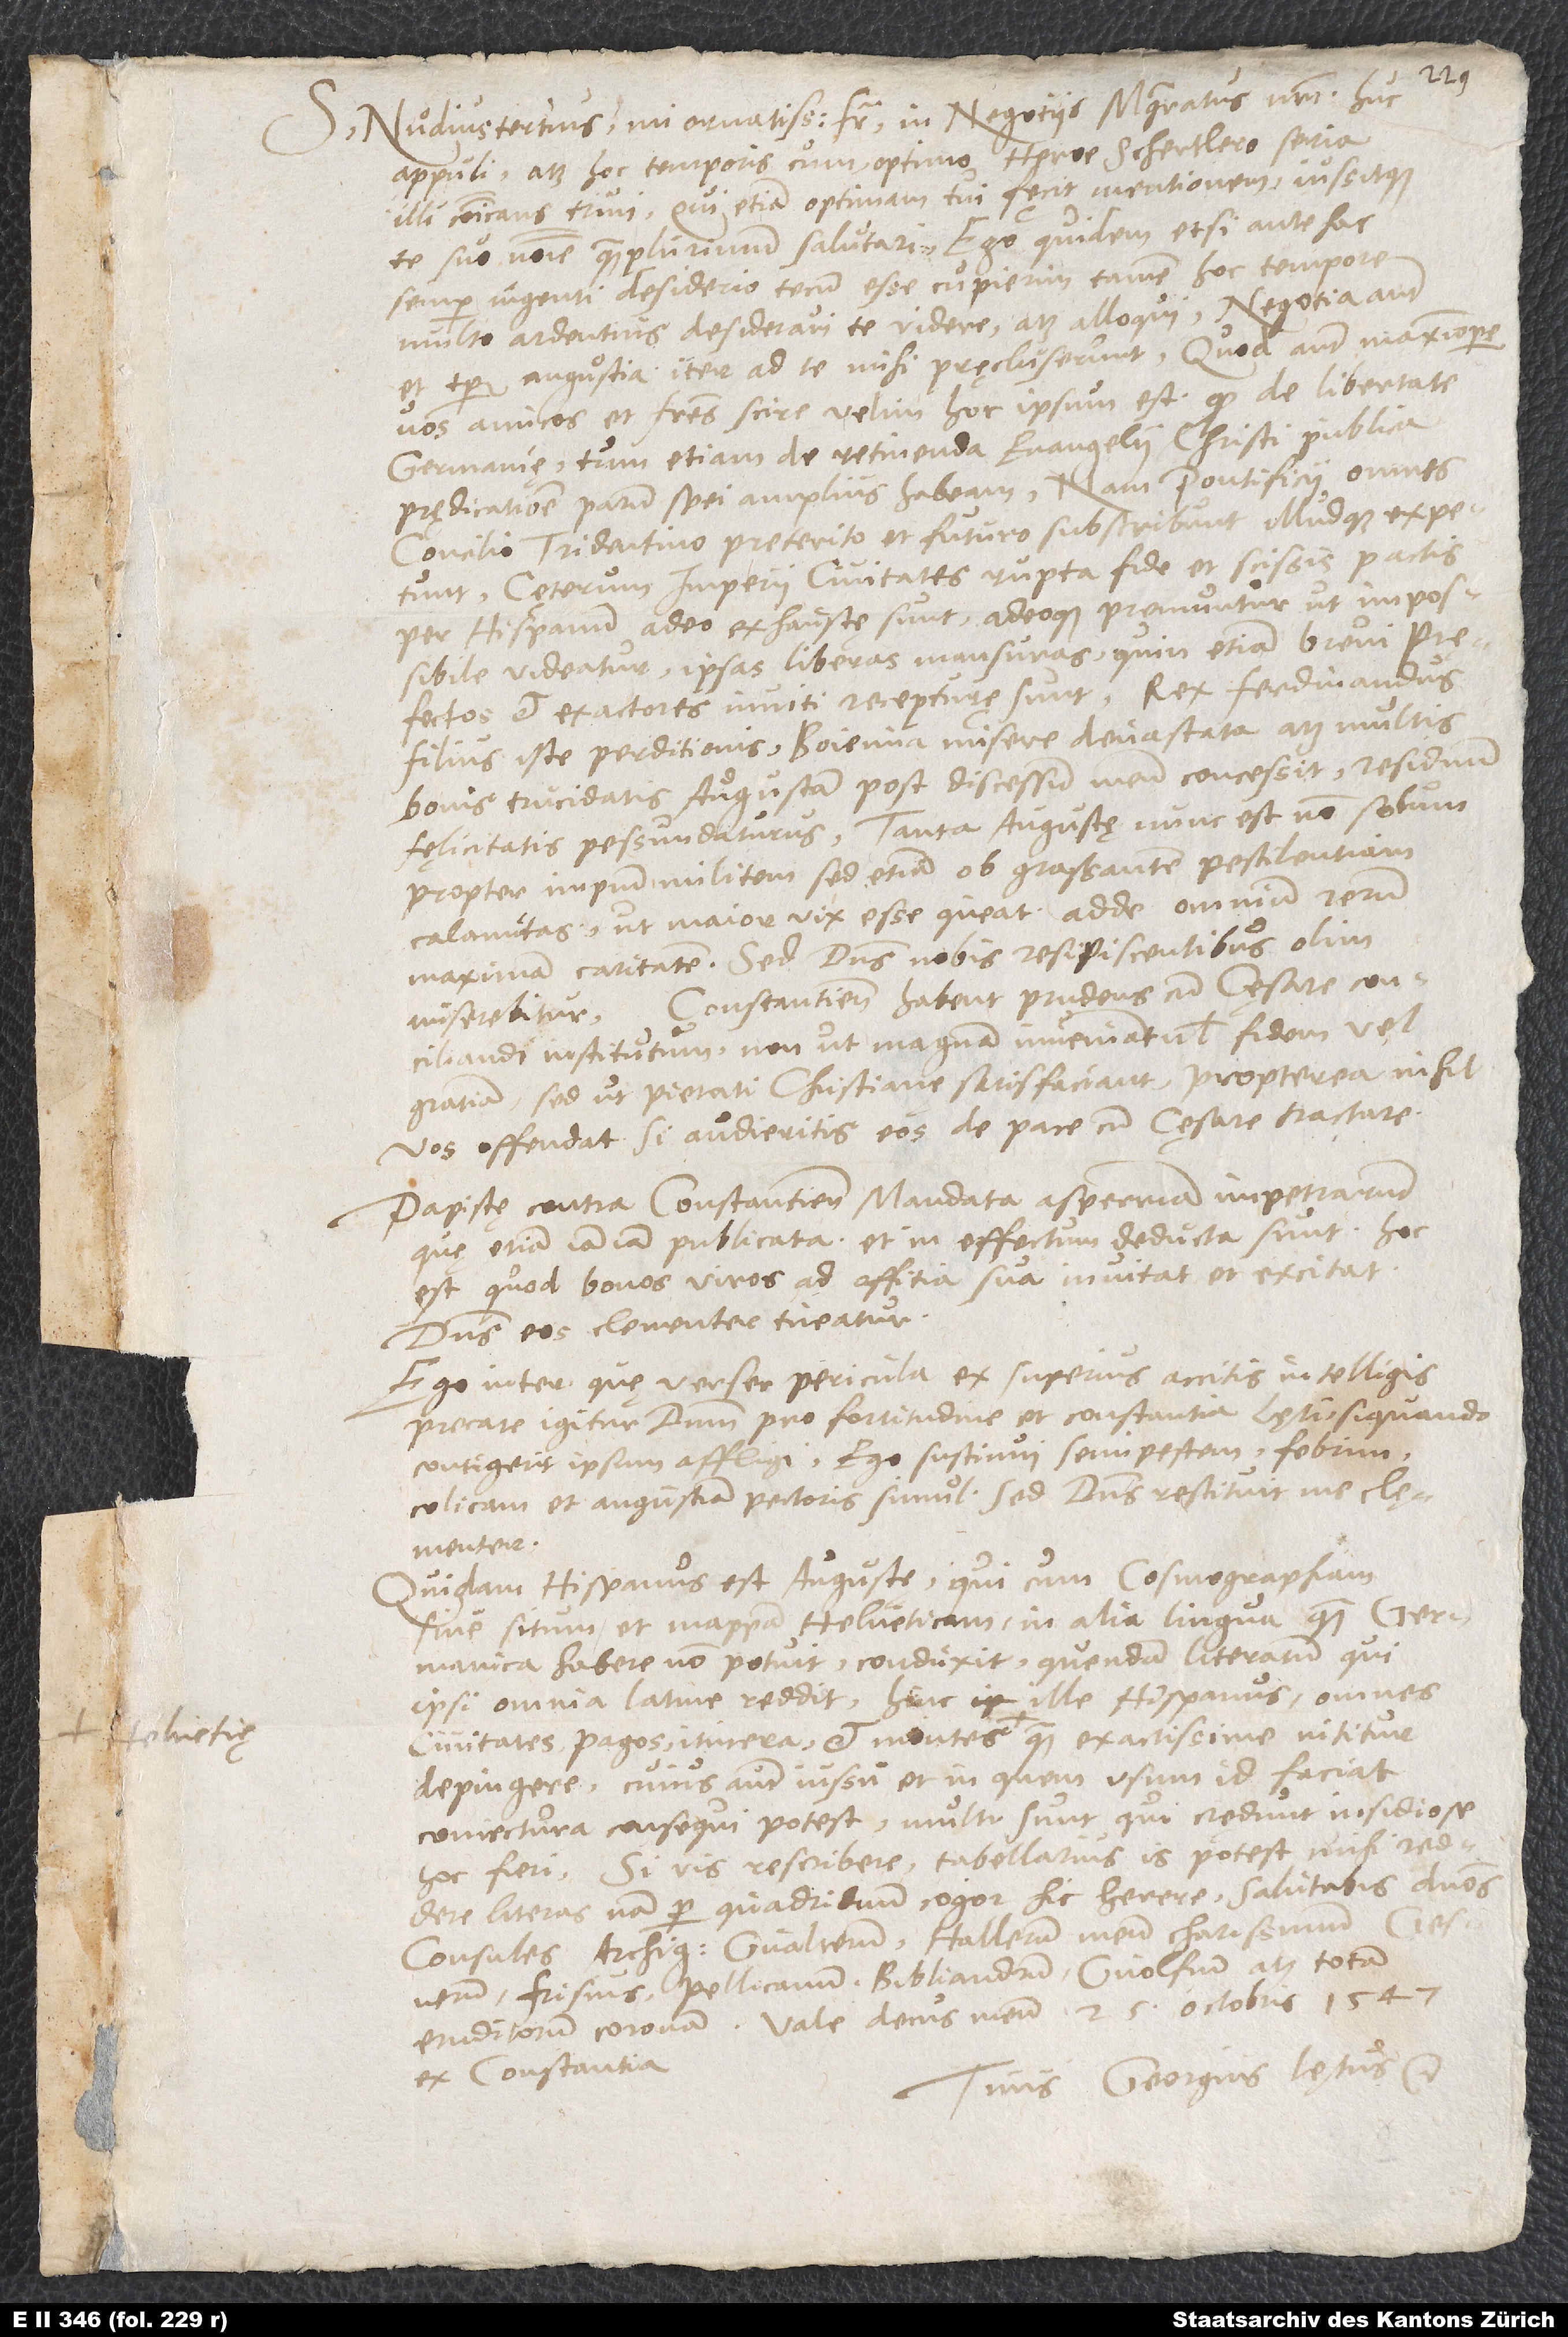
S. Nudius tertius, mi ornatissime frater, in negotiis magistratus nostri huc
appuli atque hoc temporis cum optimo heroe Schertlero seria
illi communicans trivi, qui etiam optimam tui fęcit mentionem iussitque
te suo nomine quam plurimum salutari. Ego quidem, etsi antehac
semper ingenti desiderio tecum esse cupierim, tamen hoc tempore
multo ardentius desideravi te videre atque alloqui. Negotia autem
vos, amicos et fratres, scire velim, hoc ipsum est: Quod de libertate
Germanię, tum etiam de retinenda evangelii Christi publica
prędicatione parum spei amplius habeam. Nam pontificii omnes
concilio Tridentino preterito et futuro subscribunt illudque expetunt.
Cęterum imperii civitates rupta fide et scissis pactis
per Hispanum adeo exhaustę sunt adeoque pręmuntur, ut impossibile
videatur ipsas liberas mansuras, quin etiam brevi
filius iste perditionis, Boiemia misere devastata atque multis
bonis trucidatis Augustam post discessum meum concessit, residuum
fęlicitatis pessundaturus. Tanta Augustę nunc est non solum
propter impium militem sed etiam ob grassantem pestilentiam
calamitas, ut maior vix esse queat, adde omnium rerum
maximam caritatem! Sed dominus nobis resipiscentibus olim
conciliandi institutum, non ut magnam inveniant vel fidem vel
gratiam, sed ut pietati christianę satisfaciant. Propterea nihil
vos offendat, si audieritis eos de pace cum cęsare tractare.
Papistę contra Constantienses mandata asperrima impetrarunt,
quę etiam iamiam publicata et in effectum deducta sunt. Hoc
est, quod bonos viros ad offitia sua invitat et excitat.
Dominus eos clementer tueatur!
inter quę verser pericula, ex superius accitis intelligis.
Precare igitur dominum pro fortitudine et constantia Lęti, siquando
contigerit ipsum affligi! Ego sustinui semipestem: febrim,
colicam et angustiam pectoris simul; sed dominus restituit me clęmenter.
Quidam Hispanus est Augustę, qui, cum cosmographiam
sive situm et mappam Helveticam in alia lingua quam Germanica
habere non potuit, conduxit quendam literatum, qui
ipsi omnia Latine reddit. Hinc ille Hispanus omnes
civitates, pagos, itinera et montes Helvetię quam exactissime nititur
depingere, cuius autem iussu et in quem usum id faciat,
coniectura consequi potest. Multi sunt, qui credunt insidiose
Si vis rescribere, tabellarius is potest mihi reddere
Frisium , Pellicanum, Bibliandrum, Gvolfium atque totam
eruditorum coronam. Vale, decus meum! 25. octobris 1547
ex Constantia.
Tuus Georgius Lętus, etc.